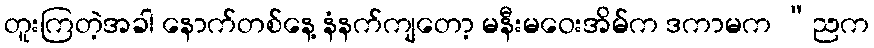
တူးကြတဲ့အခါ နောက်တစ်နေ့ နံနက်ကျတော့ မနီးမဝေးအိမ်က ဒကာမက “ညက